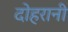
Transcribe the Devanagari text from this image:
दोहरानी